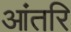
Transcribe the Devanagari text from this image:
आंतरि